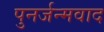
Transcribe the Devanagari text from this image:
पुनर्जन्मवाद